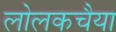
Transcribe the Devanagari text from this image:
लोलकचैया